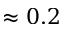
\approx 0 . 2